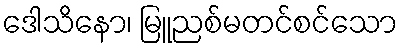
ဒေါသိနော၊ မြူညစ်မတင်စင်သော